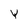
Character: Y